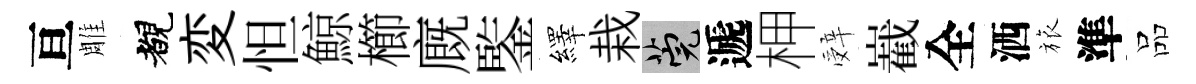
亘雕覩変怛鯨櫛廐鍳繹栽筦遞柙辤嶻全洒旅準品